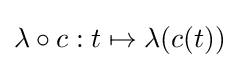
\lambda \circ c:t\mapsto \lambda (c(t))